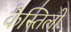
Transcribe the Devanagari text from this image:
कैस्तिलो